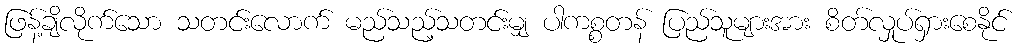
ဖြန့်ချိလိုက်သော သတင်းလောက် မည်သည့်သတင်းမျှ ပါကစ္စတန် ပြည်သူများအား စိတ်လှုပ်ရှားစေနိုင်